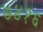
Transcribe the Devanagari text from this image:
७४१६